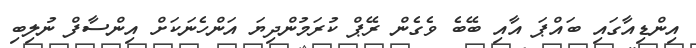
އިންޑިއާގައި ބައްޕަ އާއި ބޭބެ ވެގެން ރޭޕް ކުރަމުންދިޔަ އަންހެނަކަށް އިންސާފް ނުލިބި